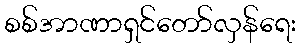
စစ်အာဏာရှင်တော်လှန်ရေး